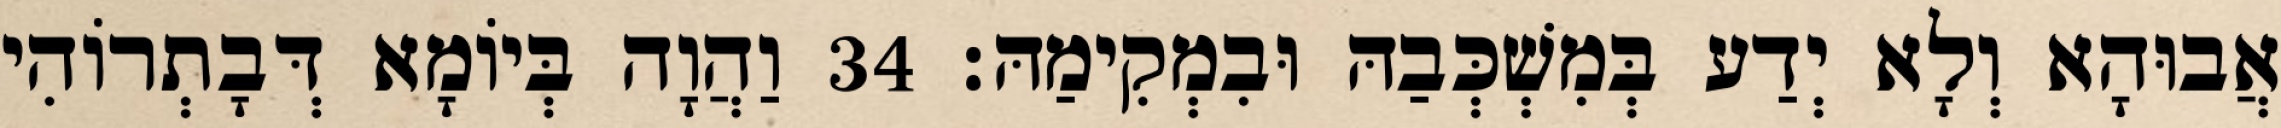
אֲבוּהָא וְלָא יְדַע בְּמִשְׁכְּבַהּ וּבִמְקִימַהּ׃ 34 וַהֲוָה בְּיוֹמָא דְּבָתְרוֹהִי